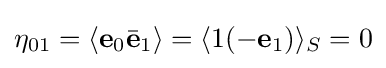
\eta _{01}=\langle \mathbf {e} _{0}{\bar {\mathbf {e} }}_{1}\rangle =\langle 1(-\mathbf {e} _{1})\rangle _{S}=0